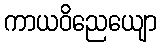
ကာယဝိညေယျော